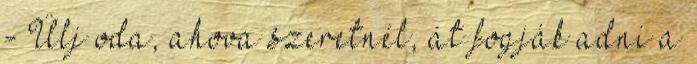
- Ülj oda, ahova szeretnél, át fogják adni a